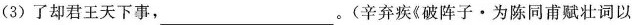
（3）了却君王天下事，___.(辛弃疾《破阵子·为陈同甫赋壮词以》)